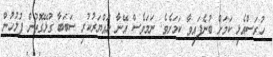
ހުރަސްއެޅި ކަމަށް ބުނެފައިވާ ކަމަށެވެ. ނަމަވެސް އޭނާ ހައްޔަރުކުރި ސަބަބާ ގުޅޭގޮތުން ފުލުހުން